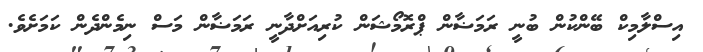
އިސްލާމިކް ބޭންކުން ބުނީ ރަމަޟާން ޕްރޮމޯޝަން ކުރިއަށްދާނީ ރަމަޟާން މަސް ނިމެންދެން ކަމަށެެވެ.